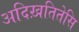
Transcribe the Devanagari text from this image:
अदिख़तितेसि